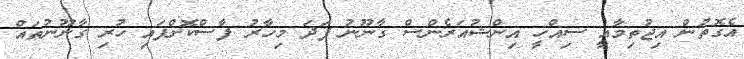
އެގޮތުން އިޖުތިމާއީ ސިއްހީ އިންޝުއަރެންސް ގާނޫނު ފަދަ މިހާރު ފާސްކޮށްފައި ހުރި ގާނޫނުތައް